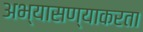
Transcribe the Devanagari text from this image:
अभ्यासण्याकरता